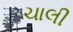
ચાલી